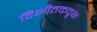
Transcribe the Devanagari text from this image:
विभीतकवृक्षः